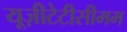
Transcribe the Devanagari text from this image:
यूज़ीटेटीसीमम